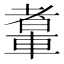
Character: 䡤